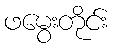
ဖမွေးတိုင်း